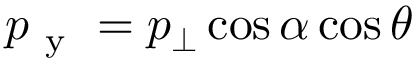
p _ { \mathrm { ~ y ~ } } = p _ { \bot } \cos { \alpha } \cos { \theta }